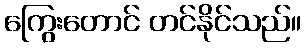
ကြွေးတောင် တင်နိုင်သည်။